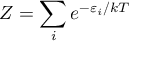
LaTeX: Z = \sum _ { i } e ^ { - \varepsilon _ { i } / k T }